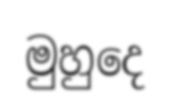
මුහුදෙ